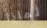
لماذا